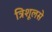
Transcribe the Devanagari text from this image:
त्रिशूलसे